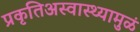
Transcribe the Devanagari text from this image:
प्रकृतिअस्वास्थ्यामुळं